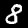
Digit: 8